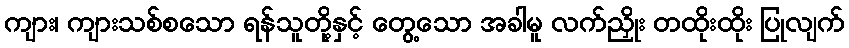
ကျား၊ ကျားသစ်စသော ရန်သူတို့နှင့် တွေ့သော အခါမူ လက်ညှိုး တထိုးထိုး ပြုလျက်